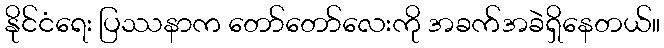
နိုင်ငံရေး ပြဿနာက တော်တော်လေးကို အခက်အခဲရှိနေတယ်။